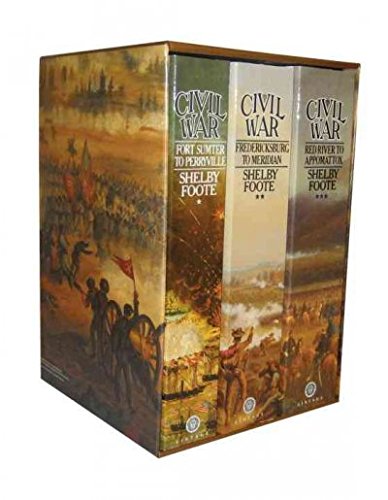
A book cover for Civil War a Narrative; 3 Volumes: Fort Sumter to Perryville; Fredericksburg to Meridian; Red River to Appomattox; Shelby Foote; Engineering & Transportation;